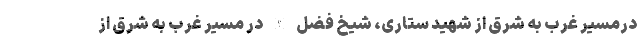
درمسیر غرب به شرق از شهید ستاری، شیخ فضل الله در مسیر غرب به شرق از